Vaccination in the Punjab 1919-1929 - 1919-1929
Year: 1919
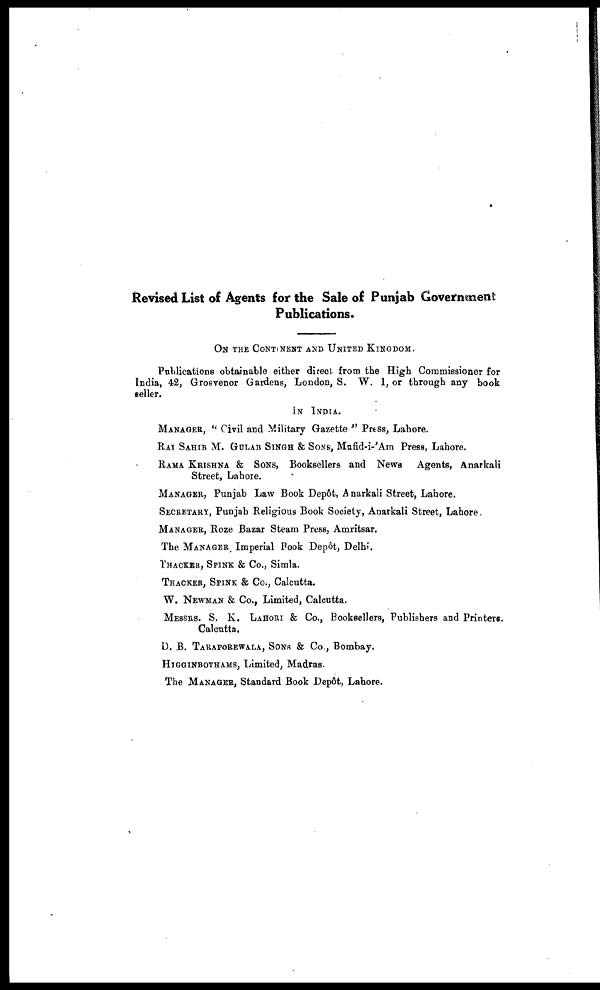
Revised List of Agents for the Sale of Punjab Government
Publications.
ON THE CONTINENT AND UNITED KINGDOM.
Publications obtainable either direct from the High Commissioner for
India, 42, Grosvenor Gardens, London, S. W. I, or through any book
seller.
IN INDIA.
MANAGER, " Civil and Military Gazette " Press, Lahore.
RAI SAHIB M. GULAB SINGH & SONS, Mufid-i-'Am Press, Lahore.
RAMA KRISHNA & SONS, Booksellers and News Agents, Anarkali
Street, Lahore.
MANAGAR, Punjab Law Book Depôt, Anarkali Street, Lahore.
SECRETARY, Punjab Religious Book Society, Anarkali Street, Lahore.
MANAGER, Roze Bazar Steam Press, Amritsar.
The MANAGER Imperial Book Depôt, Delhi.
THACKER, SPINK & Co., Simla.
THACKER, SPINK & Co., Calcutta.
W. NEWMAN & Co., Limited, Calcutta.
MESSRS. S. K. LAHORI & Co., Booksellers, Publishers and Printers.
Calcutta.
D. B. TARAPOREWALA, SONS & Co , Bombay.
HIGGINBOTHAMS, Limited, Madras.
The MANAGER, Standard Book Depôt, Lahore.